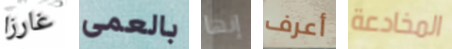
غارزا بالعمى إنها أعرف المخادعة